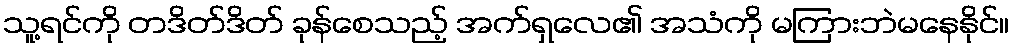
သူ့ရင်ကို တဒိတ်ဒိတ် ခုန်စေသည့် အက်ရှလေ၏ အသံကို မကြားဘဲမနေနိုင်။